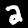
Label: 2